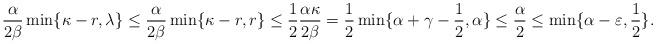
LaTeX: \begin{align*}\frac{\alpha}{2\beta}\min\{\kappa-r, \lambda\} \leq \frac{\alpha}{2\beta}\min\{\kappa-r, r\} \leq \frac{1}{2} \frac{\alpha\kappa}{2\beta} = \frac{1}{2} \min\{\alpha+\gamma-\frac{1}{2}, \alpha \} \leq \frac{\alpha}{2} \leq \min\{\alpha-\varepsilon,\frac{1}{2}\}.\end{align*}